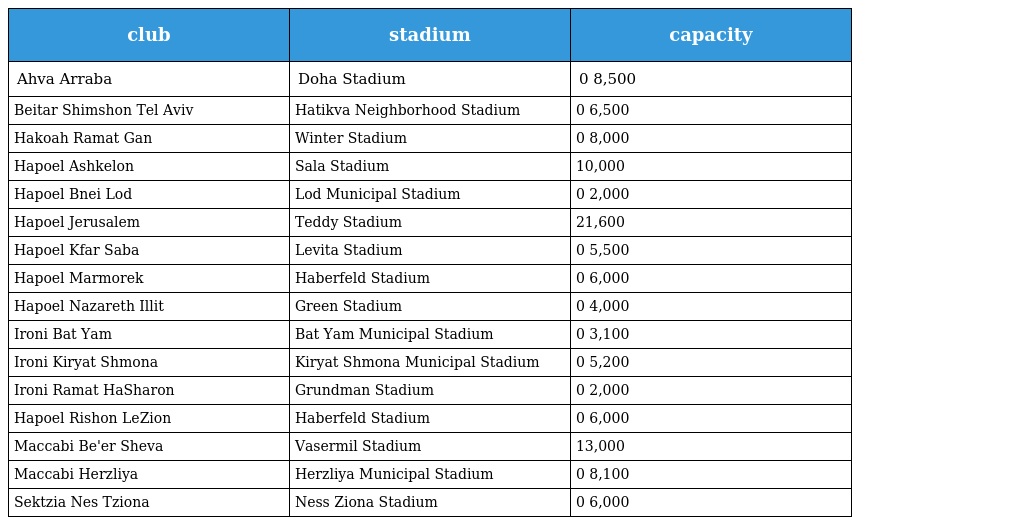
| club | stadium | capacity |
 | --- | --- | --- |
 | Ahva Arraba | Doha Stadium | 0 8,500 |
 | Beitar Shimshon Tel Aviv | Hatikva Neighborhood Stadium | 0 6,500 |
 | Hakoah Ramat Gan | Winter Stadium | 0 8,000 |
 | Hapoel Ashkelon | Sala Stadium | 10,000 |
 | Hapoel Bnei Lod | Lod Municipal Stadium | 0 2,000 |
 | Hapoel Jerusalem | Teddy Stadium | 21,600 |
 | Hapoel Kfar Saba | Levita Stadium | 0 5,500 |
 | Hapoel Marmorek | Haberfeld Stadium | 0 6,000 |
 | Hapoel Nazareth Illit | Green Stadium | 0 4,000 |
 | Ironi Bat Yam | Bat Yam Municipal Stadium | 0 3,100 |
 | Ironi Kiryat Shmona | Kiryat Shmona Municipal Stadium | 0 5,200 |
 | Ironi Ramat HaSharon | Grundman Stadium | 0 2,000 |
 | Hapoel Rishon LeZion | Haberfeld Stadium | 0 6,000 |
 | Maccabi Be'er Sheva | Vasermil Stadium | 13,000 |
 | Maccabi Herzliya | Herzliya Municipal Stadium | 0 8,100 |
 | Sektzia Nes Tziona | Ness Ziona Stadium | 0 6,000 |